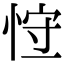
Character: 𢚍